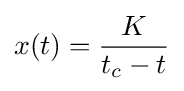
x(t)={\frac {K}{t_{c}-t}}